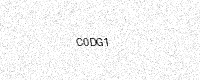
Text: C0DG1